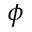
\phi